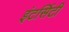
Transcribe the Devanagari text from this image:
इंटर्सिटी